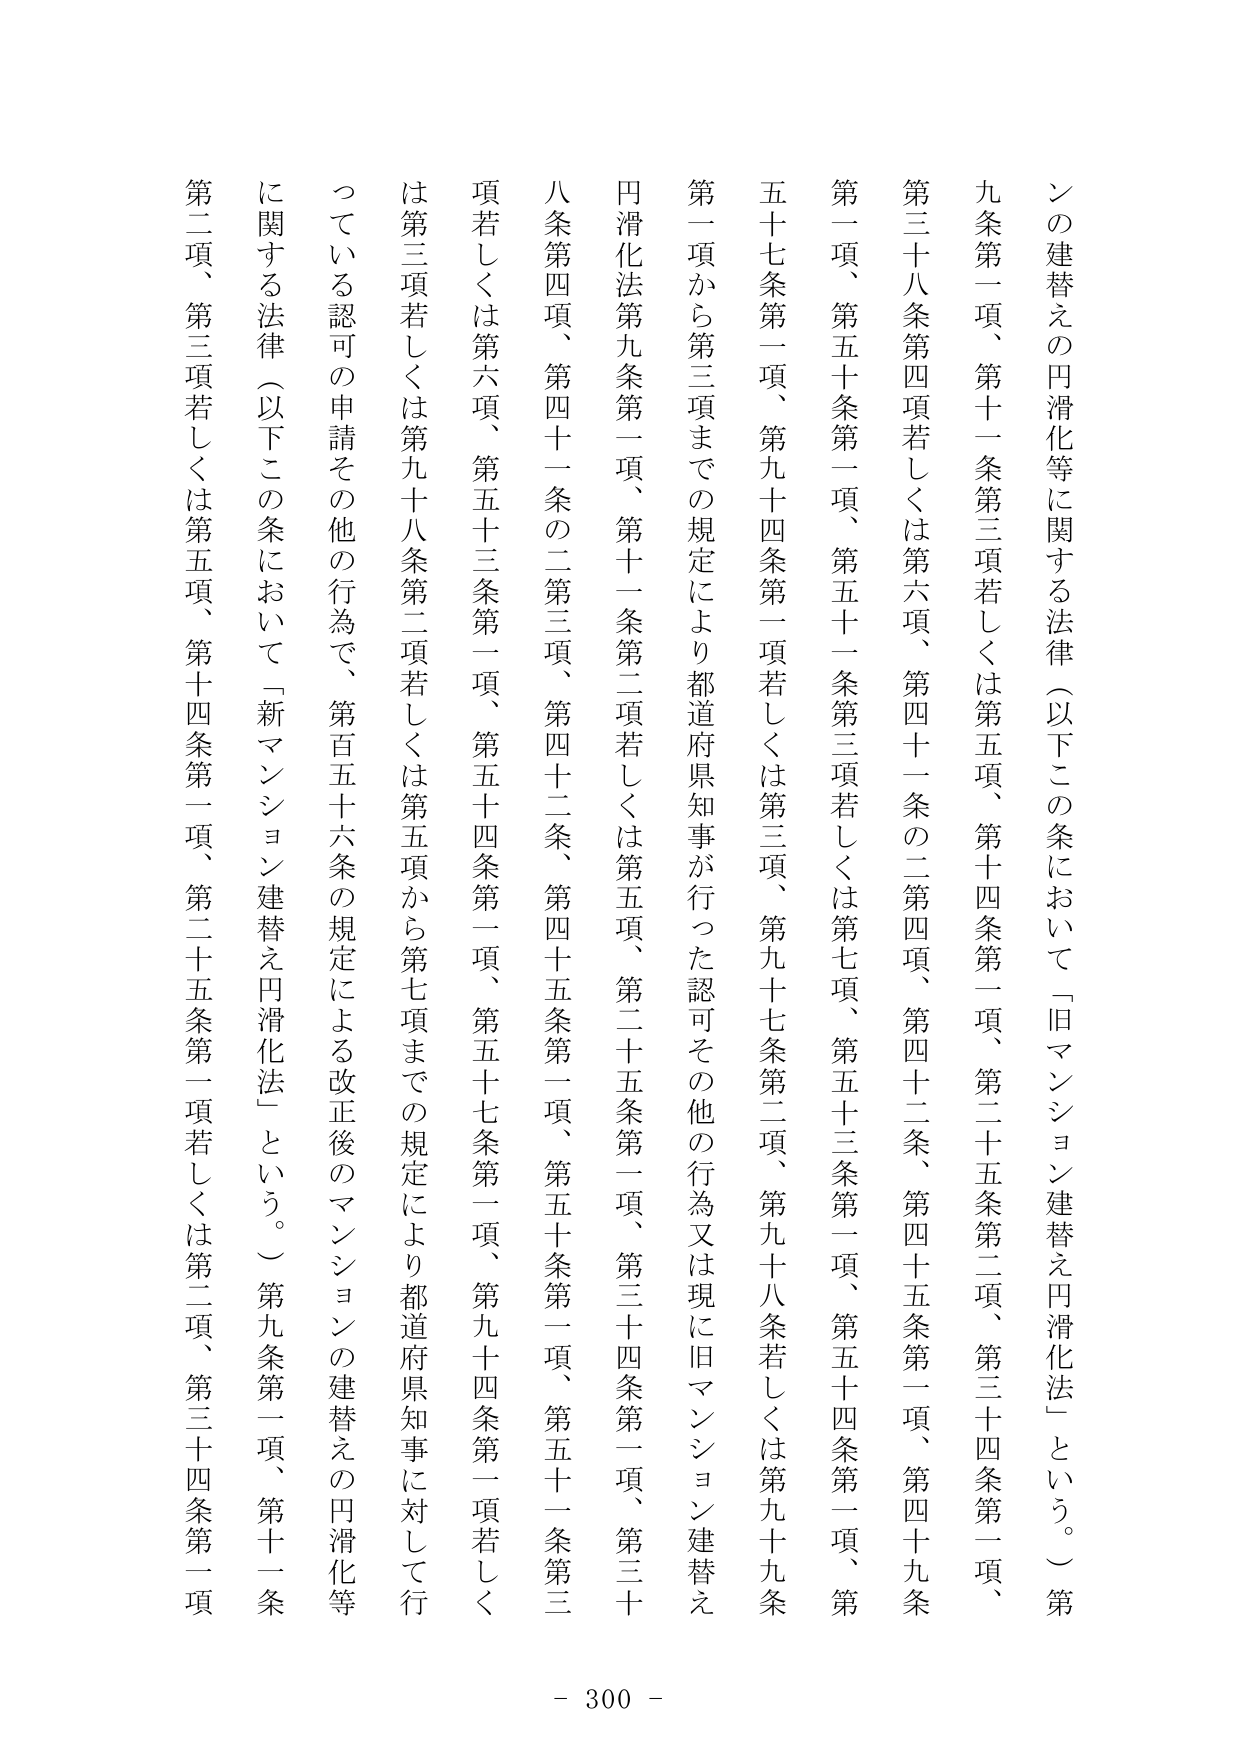
ンの建替えの円滑化等に関する法律（以下この条において「旧マンション建替え円滑化法」という。）第九条第一項、第十一条第三項若しくは第五項、第十四条第一項、第二十五条第二項、第三十四条第一項、第三十八条第四項若しくは第六項、第四十一条の二第四項、第四十二条、第四十五条第一項、第四十九条第一項、第五十条第一項、第五十一条第三項若しくは第七項、第五十三条第一項、第五十四条第一項、第五十七条第一項、第九十四条第一項若しくは第三項、第九十七条第二項、第九十八条若しくは第九十九条第一項から第三項までの規定により都道府県知事が行った認可その他の行為又は現に旧マンション建替え円滑化法第九条第一項、第十一条第二項若しくは第五項、第二十五条第一項、第三十四条第一項、第三十八条第四項、第四十一条の二第三項、第四十二条、第四十五条第一項、第五十条第一項、第五十一条第三項若しくは第六項、第五十三条第一項、第五十四条第一項、第五十七条第一項、第九十四条第一項若しくは第三項若しくは第九十八条第二項若しくは第五項から第七項までの規定により都道府県知事に対して行っている認可の申請その他の行為で、第百五十六条の規定による改正後のマンションの建替えの円滑化等に関する法律（以下この条において「新マンション建替え円滑化法」という。）第九条第一項、第十一条第二項、第三項若しくは第五項、第十四条第一項、第二十五条第一項若しくは第二項、第三十四条第一項

- 300 -